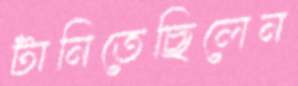
টানিতেছিলেন